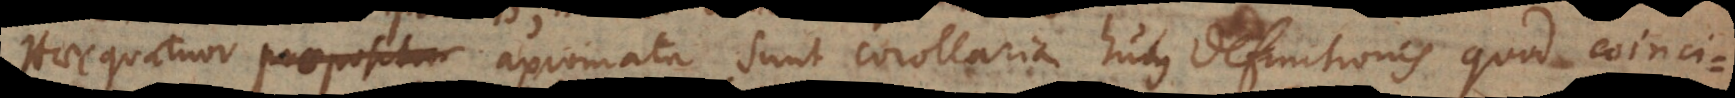
Haec quatuor axiomata sunt corollaria hujus definitionis quod coinci